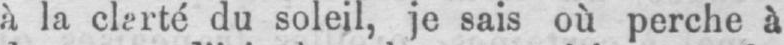
du soleil, je sais où perche à